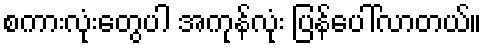
စကားလုံးတွေပါ အကုန်လုံး ပြန်ပေါ်လာတယ်။